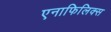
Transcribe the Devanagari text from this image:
एनाफिलिक्स